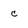
Character: c